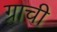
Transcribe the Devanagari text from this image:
ग्राची